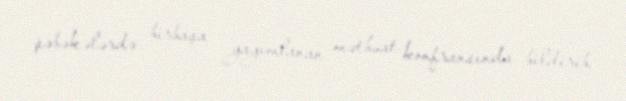
şəbəkələrdə birbaşa yayımlanan mətbuat konfransında bildirib.